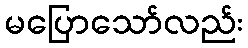
မပြောသော်လည်း